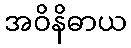
အဝိနိဓာယ